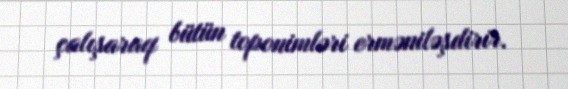
çalışaraq bütün toponimləri erməniləşdirir.